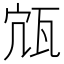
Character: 𤬽